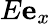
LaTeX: E\mathbf{e}_{x}